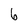
Character: 6